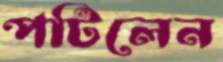
পটিলেন